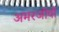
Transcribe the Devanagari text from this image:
अमरजीवी